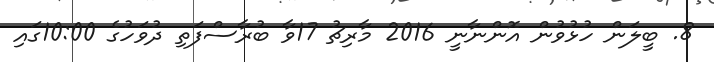
8. ބީލަން ހުޅުވުން އޮންނާނީ 2016 މާރިޗު 17ވާ ބުރާސްފަތި ދުވަހުގެ 10:00ގައި